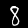
Label: 8